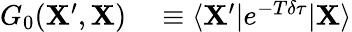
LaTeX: \begin{array}{rl}{G_{0}(\mathbf{X}^{\prime},\mathbf{X})}&{{}\equiv\langle\mathbf{X}^{\prime}|e^{-T\delta\tau}|\mathbf{X}\rangle}\end{array}